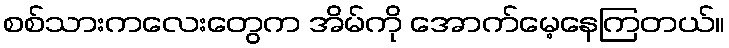
စစ်သားကလေးတွေက အိမ်ကို အောက်မေ့နေကြတယ်။